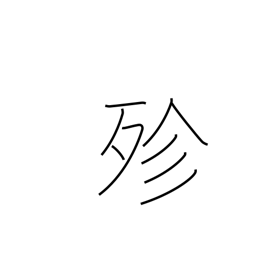
Meaning: all